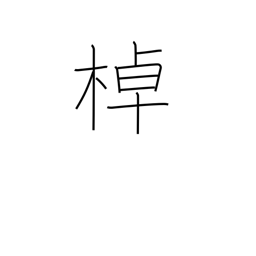
Meaning: pole a boat